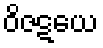
ဝိဇဋယေ